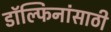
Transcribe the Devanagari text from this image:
डॉल्फिनांसाठी